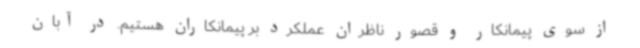
از سوی پیمانکار و قصور ناظران عملکرد بر پیمانکاران هستیم. در آبان